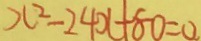
x ^ { 2 } - 2 4 x - 8 0 = 0